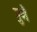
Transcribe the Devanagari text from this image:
गुणै